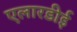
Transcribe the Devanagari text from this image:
एलारडीई